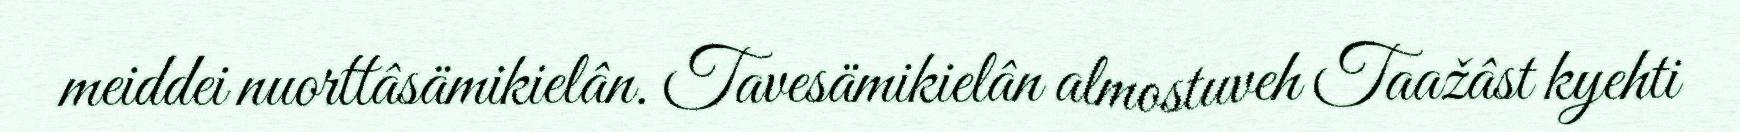
meiddei nuorttâsämikielân. Tavesämikielân almostuveh Taažâst kyehti